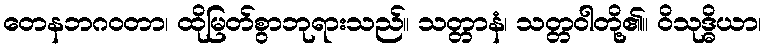
တေနဘဂဝတာ၊ ထိုမြတ်စွာဘုရားသည်။ သတ္တာနံ၊ သတ္တဝါတို့၏။ ဝိသုဒ္ဓိယာ၊